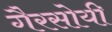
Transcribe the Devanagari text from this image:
गैरसोयी